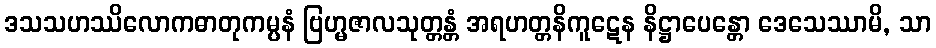
ဒသသဟဿိလောကဓာတုကမ္ပနံ ဗြဟ္မဇာလသုတ္တန္တံ အရဟတ္တနိကူဋေန နိဋ္ဌာပေန္တော ဒေသေဿာမိ, သာ